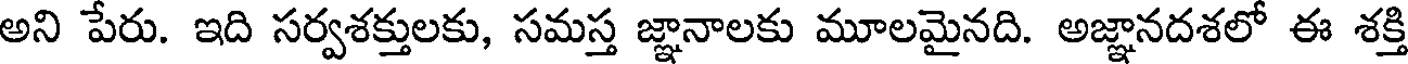
అని పేరు. ఇది సర్వశక్తులకు, సమస్త జ్ఞానాలకు మూలమైనది. అజ్ఞానదశలో ఈ శక్తి